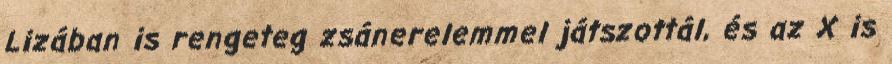
Lizában is rengeteg zsánerelemmel játszottál, és az X is